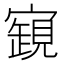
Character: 𧡧